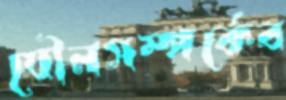
যৌনসম্পর্কের